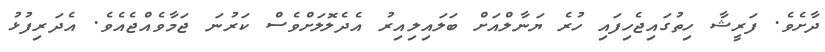
ދާށެވެ. ފަރީޝާ ހިތުގައިޖެހިފައި ހުރެ ޔަނާލްއަށް ބަލައިލިއިރު އެދެލޮލަށްވެސް ކަރުނަ ޖަމާވެއްޖެއެވެ. އެދަރިފުޅު